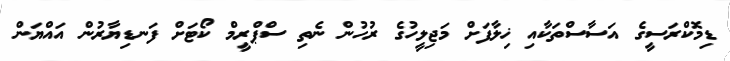
ޑިމޮކްރަސީގެ އަސާސްތަކާއި ޚިލާފަށް މަޖިލީހުގެ ރުހުން ނެތި ސްޕްރީމް ކޯޓަށް ފަނޑިޔާރުން އައްޔަން